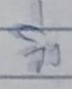
วิ่ง